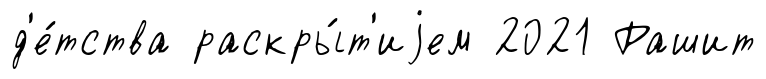
д'е́тства раскры́т'иjем 2021 Рашит